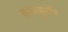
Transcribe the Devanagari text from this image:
कामसुरभि